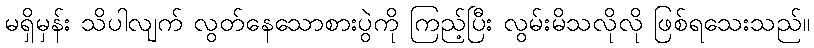
မရှိမှန်း သိပါလျက် လွတ်နေသောစားပွဲကို ကြည့်ပြီး လွမ်းမိသလိုလို ဖြစ်ရသေးသည်။